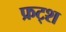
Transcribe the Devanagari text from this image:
फ्रट्श